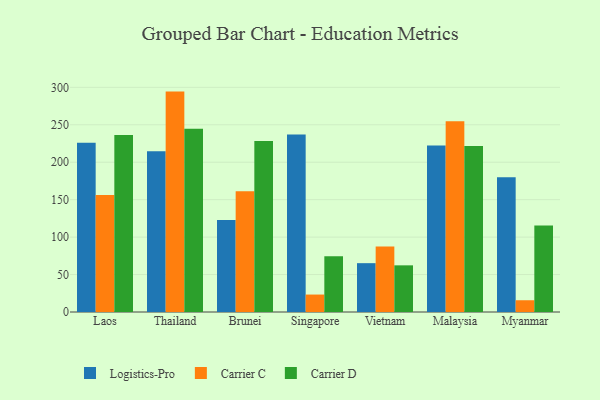
{"axis": {"x": "Country", "y": "Conversion Rate (%)"}, "legend": ["Carrier C", "Carrier D", "Logistics-Pro"], "data": [{"x": "Laos", "y": 225.9, "type": "Logistics-Pro"}, {"x": "Laos", "y": 156.3, "type": "Carrier C"}, {"x": "Laos", "y": 236.5, "type": "Carrier D"}, {"x": "Thailand", "y": 214.7, "type": "Logistics-Pro"}, {"x": "Thailand", "y": 294.3, "type": "Carrier C"}, {"x": "Thailand", "y": 244.7, "type": "Carrier D"}, {"x": "Brunei", "y": 122.9, "type": "Logistics-Pro"}, {"x": "Brunei", "y": 161.3, "type": "Carrier C"}, {"x": "Brunei", "y": 228.5, "type": "Carrier D"}, {"x": "Singapore", "y": 236.9, "type": "Logistics-Pro"}, {"x": "Singapore", "y": 23.3, "type": "Carrier C"}, {"x": "Singapore", "y": 74.3, "type": "Carrier D"}, {"x": "Vietnam", "y": 65.2, "type": "Logistics-Pro"}, {"x": "Vietnam", "y": 87.3, "type": "Carrier C"}, {"x": "Vietnam", "y": 62.3, "type": "Carrier D"}, {"x": "Malaysia", "y": 222.2, "type": "Logistics-Pro"}, {"x": "Malaysia", "y": 254.7, "type": "Carrier C"}, {"x": "Malaysia", "y": 221.5, "type": "Carrier D"}, {"x": "Myanmar", "y": 179.9, "type": "Logistics-Pro"}, {"x": "Myanmar", "y": 15.7, "type": "Carrier C"}, {"x": "Myanmar", "y": 115.6, "type": "Carrier D"}]}